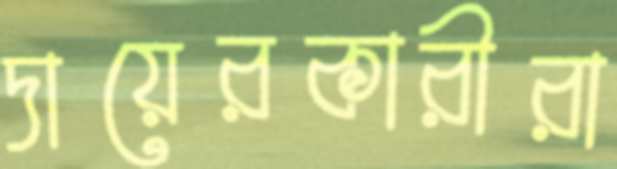
দায়েরকারীরা